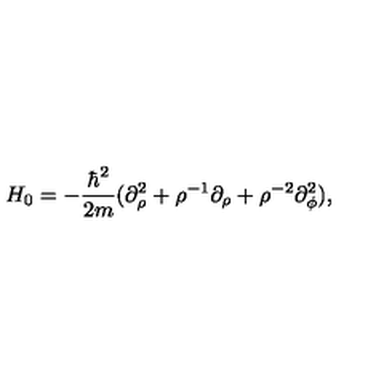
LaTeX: H _ { 0 } = - \frac { \hbar ^ { 2 } } { 2 m } ( \partial _ { \rho } ^ { 2 } + \rho ^ { - 1 } \partial _ { \rho } + \rho ^ { - 2 } \partial _ { \phi } ^ { 2 } ) ,